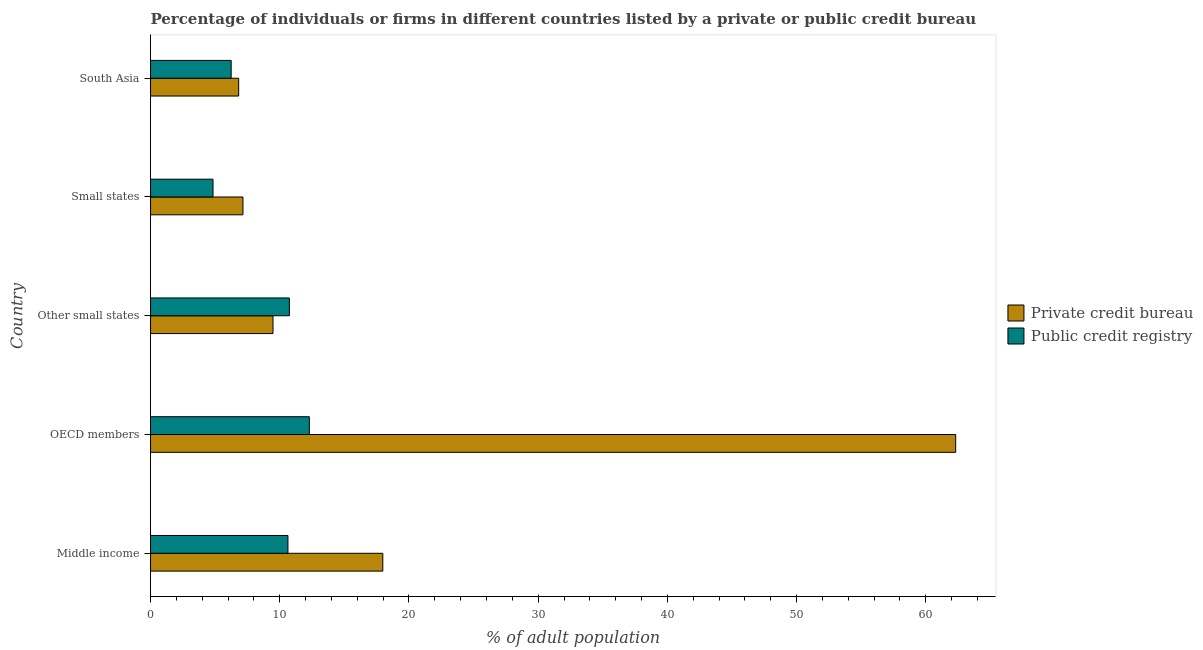
| Country | Private credit bureau | Public credit registry |
 | --- | --- | --- |
 | Middle income | 18 | 10.6 |
 | OECD members | 62.3 | 12.3 |
 | Other small states | 9.48 | 10.7 |
 | Small states | 7.15 | 4.83 |
 | South Asia | 6.82 | 6.24 |